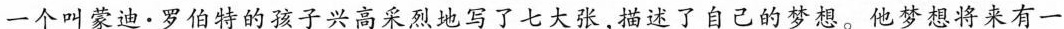
一个叫蒙迪。罗伯特的孩子兴高采烈地写了七大张，描述了自己的梦想。他梦想将来有一